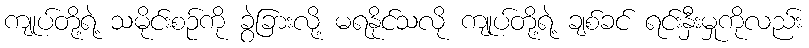
ကျုပ်တို့ရဲ့ သမိုင်းစဉ်ကို ခွဲခြားလို့ မရနိုင်သလို ကျုပ်တို့ရဲ့ ချစ်ခင် ရင်းနှီးမှုကိုလည်း